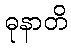
ဓုနာတိ